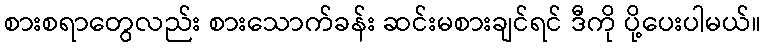
စားစရာတွေလည်း စားသောက်ခန်း ဆင်းမစားချင်ရင် ဒီကို ပို့ပေးပါမယ်။